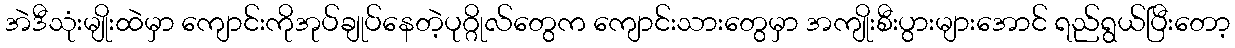
အဲဒီသုံးမျိုးထဲမှာ ကျောင်းကိုအုပ်ချုပ်နေတဲ့ပုဂ္ဂိုလ်တွေက ကျောင်းသားတွေမှာ အကျိုးစီးပွားများအောင် ရည်ရွယ်ပြီးတော့